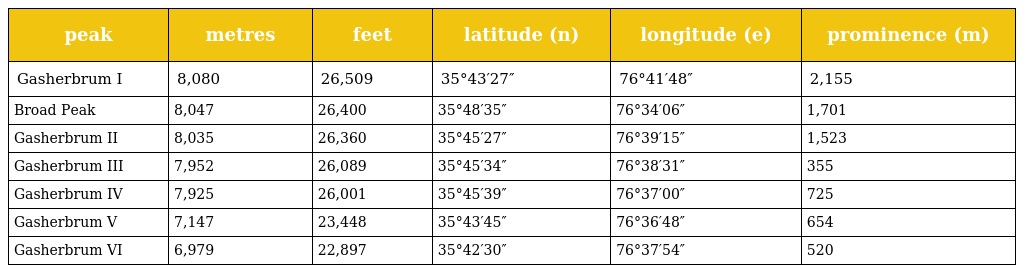
| peak | metres | feet | latitude (n) | longitude (e) | prominence (m) |
 | --- | --- | --- | --- | --- | --- |
 | Gasherbrum I | 8,080 | 26,509 | 35°43′27″ | 76°41′48″ | 2,155 |
 | Broad Peak | 8,047 | 26,400 | 35°48′35″ | 76°34′06″ | 1,701 |
 | Gasherbrum II | 8,035 | 26,360 | 35°45′27″ | 76°39′15″ | 1,523 |
 | Gasherbrum III | 7,952 | 26,089 | 35°45′34″ | 76°38′31″ | 355 |
 | Gasherbrum IV | 7,925 | 26,001 | 35°45′39″ | 76°37′00″ | 725 |
 | Gasherbrum V | 7,147 | 23,448 | 35°43′45″ | 76°36′48″ | 654 |
 | Gasherbrum VI | 6,979 | 22,897 | 35°42′30″ | 76°37′54″ | 520 |